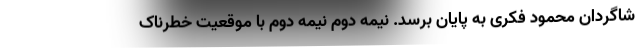
شاگردان محمود فکری به پایان برسد. نیمه دوم نیمه دوم با موقعیت خطرناک